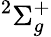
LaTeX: ^{2}\Sigma_{g}^{+}